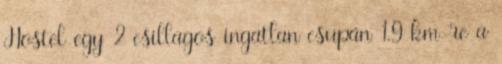
Hostel egy 2 csillagos ingatlan csupán 1.9 km-re a